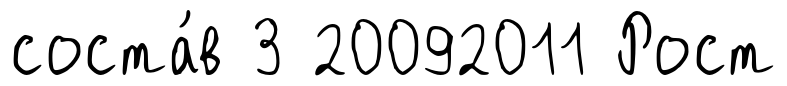
соста́в 3 20092011 Рост